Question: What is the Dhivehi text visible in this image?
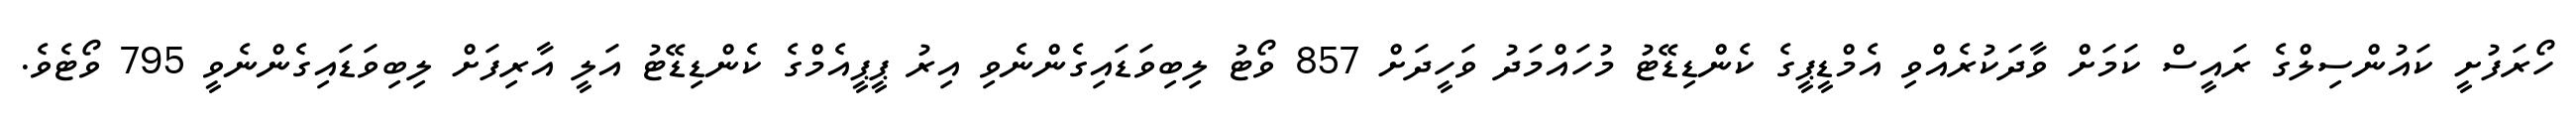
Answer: ހޯރަފުށީ ކައުންސިލްގެ ރައީސް ކަމަށް ވާދަކުރެއްވި އެމްޑީޕީގެ ކެންޑިޑޭޓު މުހައްމަދު ވަހީދަށް 857 ވޯޓު ލިބިވަޑައިގެންނެވި އިރު ޕީޕީއެމްގެ ކެންޑިޑޭޓު އަލީ އާރިފަށް ލިބިވަޑައިގެންނެވީ 795 ވޯޓެވެ.